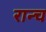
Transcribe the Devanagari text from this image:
रान्च